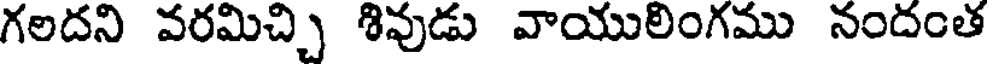
గలదని వరమిచ్చి శివుడు వాయులింగము నందంత